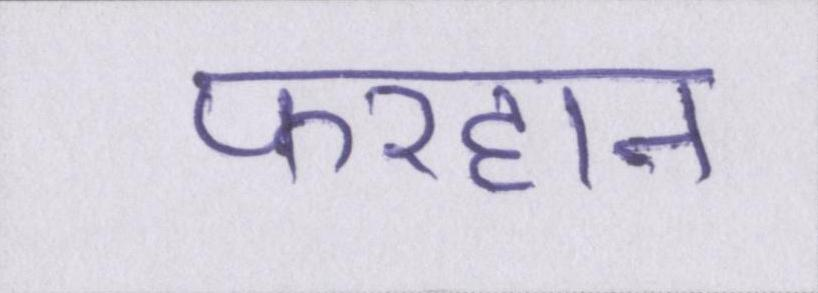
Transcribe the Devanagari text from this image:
फरहान